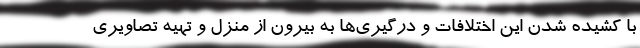
با کشیده شدن این اختلافات و درگیری‌ها به بیرون از منزل و تهیه تصاویری